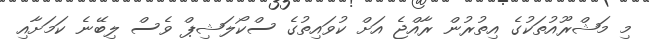
މި މަޝްރޫއުތަކުގެ އިތުރުން ރާއްޖެ އަށް ކުވައިތުގެ ސްކޯލަޝިޕް ވެސް ލިބޭނެ ކަމަށާއި